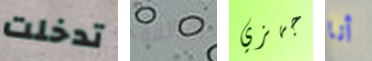
تدخلت وخائفة جهزي أنا